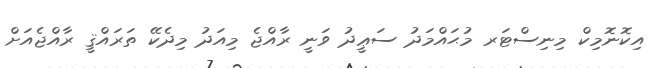
އިކޮނޮމިކް މިނިސްޓަރ މުޙައްމަދު ސަޢީދު ވަނީ ރާއްޖެ މިއަދު މިދެކޭ ތަރައްޤީ ރާއްޖެއަށް